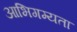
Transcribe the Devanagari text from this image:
आभिगम्यता